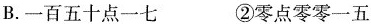
B.一百五十点一七 ②零点零零一五